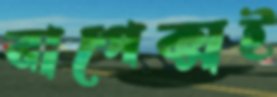
বাপেক্সই